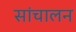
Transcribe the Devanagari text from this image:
सांचालन